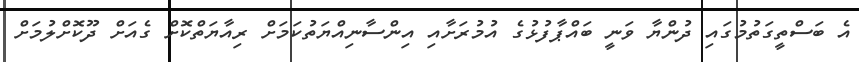
އެ ބަސްތީގަތުމުގައި ދުންޔާ ވަނީ ބައްޕާފުޅުގެ އުމުރަށާއި އިންސާނިއްޔަތުކަމަށް ރިއާޔަތްކޮށް ގެއަށް ދޫކޮށްލުމަށް